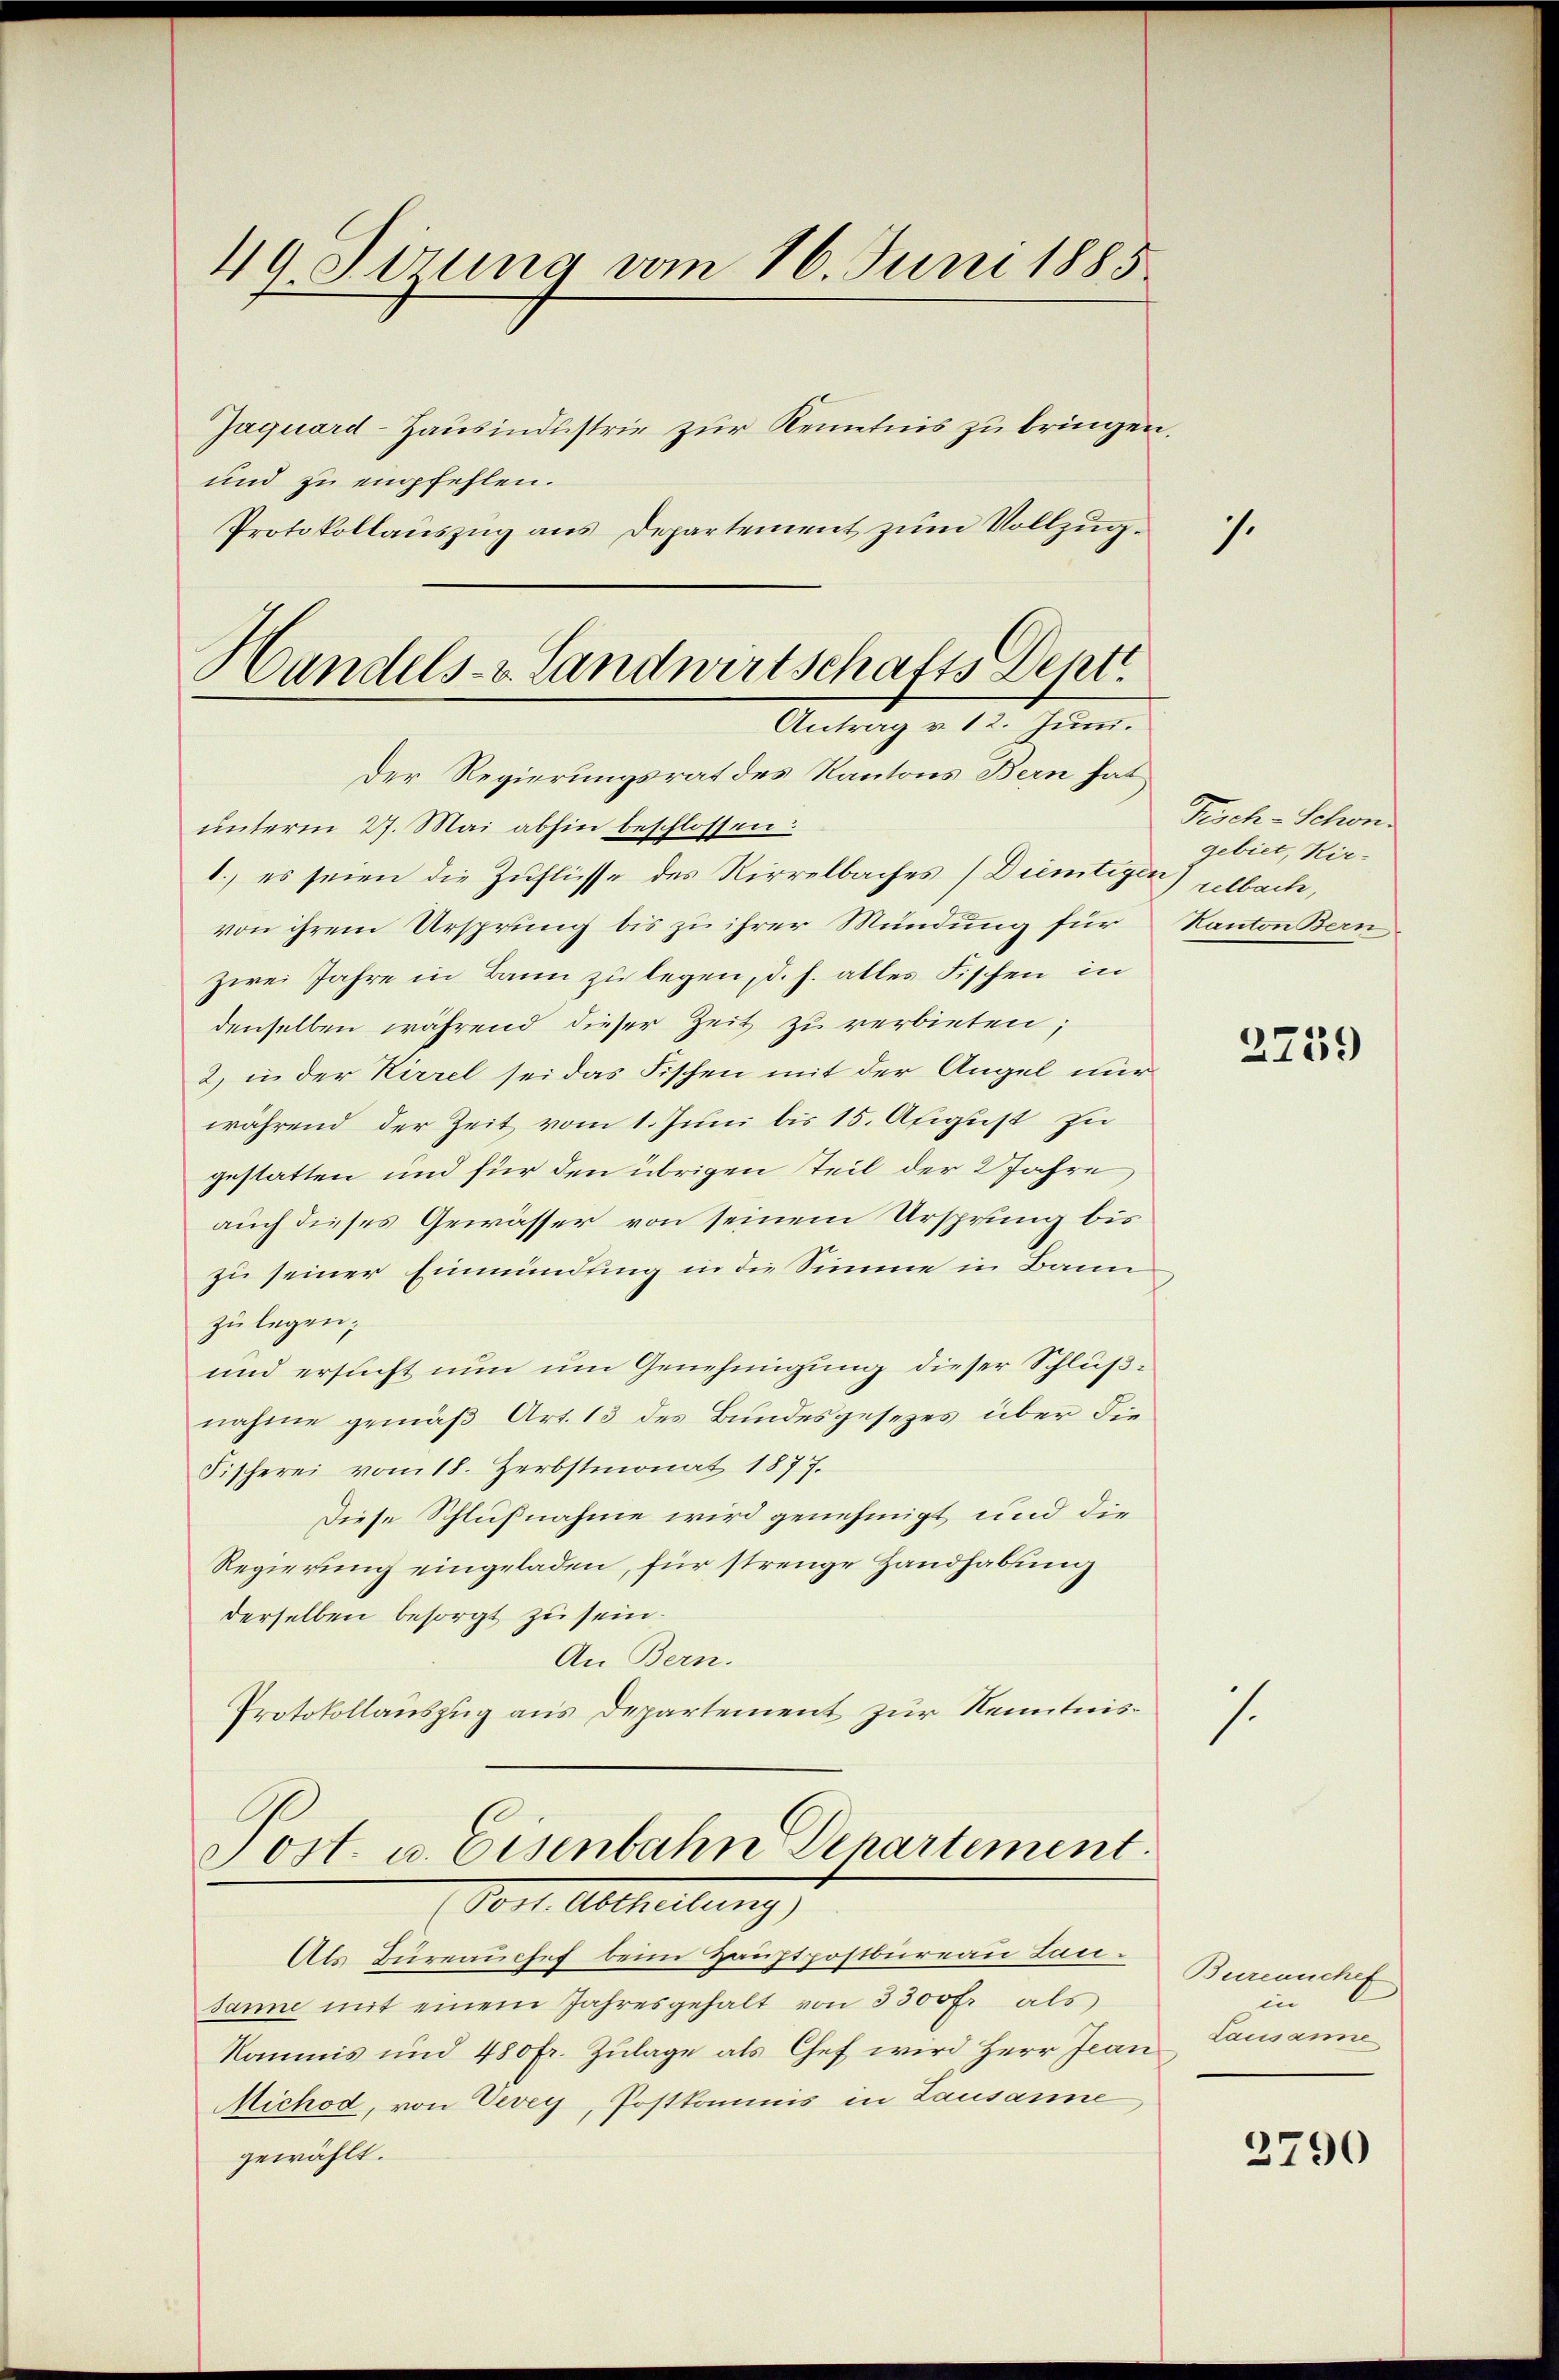
49 Sirung vom 16. Juni 1885
Jaquard-Hausindustrie zur Kenntnis zu bringen.

und zu empfehlen.
Protokollauszug aus Departement zum Vollzug¬
Handels- & Landwirtschafts Deptt

Antrag v. 12. Jun.

Post. u. Eisenbahn Departement.
Vont. Abtheilung)

Der Regierungsrat des Kantons Bern hat
unterm 27. Mai abhin beschlossen:
1., es seien die Zuflüsse des Nirrelbaches (Diemtigen) selbach,
von ihrem Ursprung bis zu ihrer Mündung für
zwei Jahre in Bann zu legen, d. h. alles Fischen in
denselben während dieser Zeit zu verbieten;
2) in der Kirrel sei das Fischen mit der Angel nur
während der Zeit vom 1. Juni bis 15. August zu
gestatten und für den übrigen Teil der 2 Jahre
auch dieses Gewässer von seinem Ursprung bis
zu seiner Einmündung in die Simme in Bann
zu legen;
und ersucht nun um Genehmigung dieser Schlußnahme gemäß Art. 13 des Bundesgesezes über die
Fischerei vom 18. Herbstmonat 1877.
Diese Schlußnahme wird genehmigt und die
Regierung eingeladen, für strenge Handhabung
derselben besorgt zu sein.
An Bern.
Protokollauszug aus Departement zur Kenntnis¬

Als Zureauchef beim Hauptpostbureau Lausanne mit einem Jahresgehalt von 3300 fr als
komnis und 480 fr. Zulage als Chef wird Herr Jean
Michod, von Vevey, Postkommis in Lausanne,
gewählt.

.

Fisch-Schön
gebiet, Kir¬
Kanton Bern

2739

s.

Bureauchef
in
Lausanne

2790